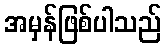
အမှန်ဖြစ်ပါသည်